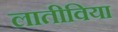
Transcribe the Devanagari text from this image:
लातीविया